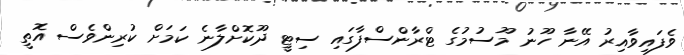
ވެފައިވާއިރު އޭނާ ހޫނު މޫސުމުގެ ޓްރާންސްފާގައި ސިޓީ ދޫކޮށްލާނެ ކަމަށް ކުރިންވެސް އޮތީ